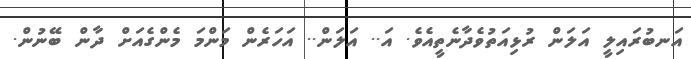
އަނބުރައިލީ އަލަން ރުޅިއަތުވެދާނެތީއެވެ. އަ.. އަލަން.. އަހަރެން މަންމަ މެންގެއަށް ދާން ބޭނުން.